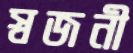
স্বজনী